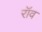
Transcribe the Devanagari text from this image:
रॉव